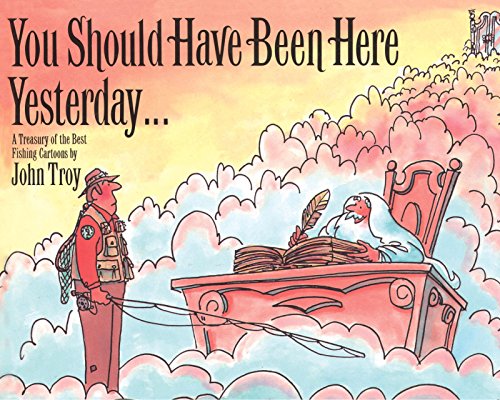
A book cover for You Should Have Been Here Yesterday...: A Treasury of the Best Fishing Cartoons; John Troy; Humor & Entertainment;